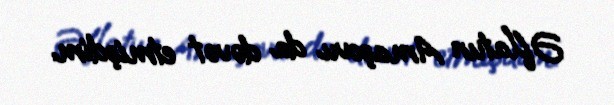
Əflatun Amaşovu da dəvət etmişdim.